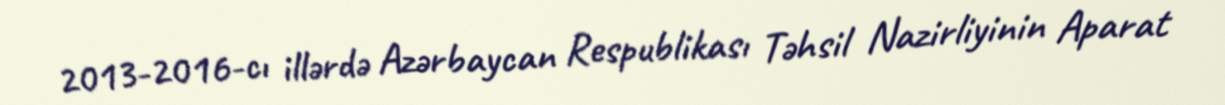
2013-2016-cı illərdə Azərbaycan Respublikası Təhsil Nazirliyinin Aparat